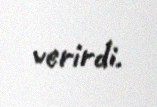
verirdi.